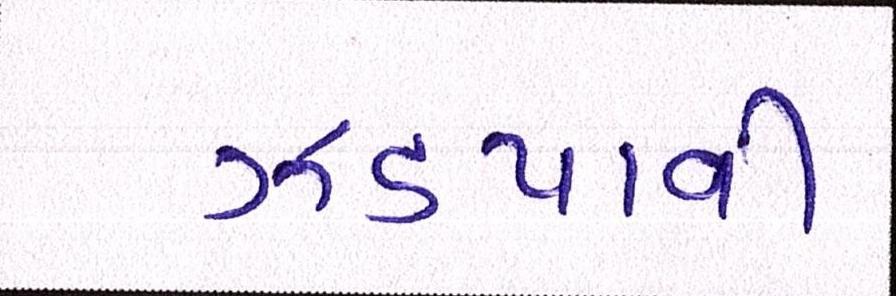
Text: ઝડપાવી